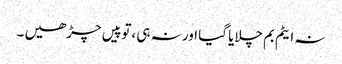
نہ ایٹم بم چلایا گیا اور نہ ہی ،توپیں چڑھیں ۔